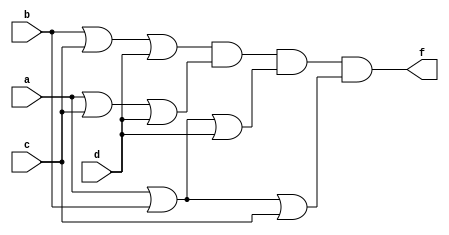
module q5(a,b,c,d,f);
input a,b,c,d;
output f;
assign f = (b | c | d) & (a | c | d ) & ( a | b | d) & ( a | b | c);
endmodule